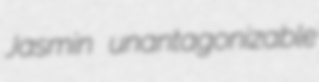
Jasmin unantagonizable